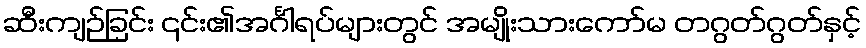
ဆီးကျဉ်ခြင်း ၎င်း၏အင်္ဂါရပ်များတွင် အမျိုးသားကော်မ တဂွတ်ဂွတ်နှင့်